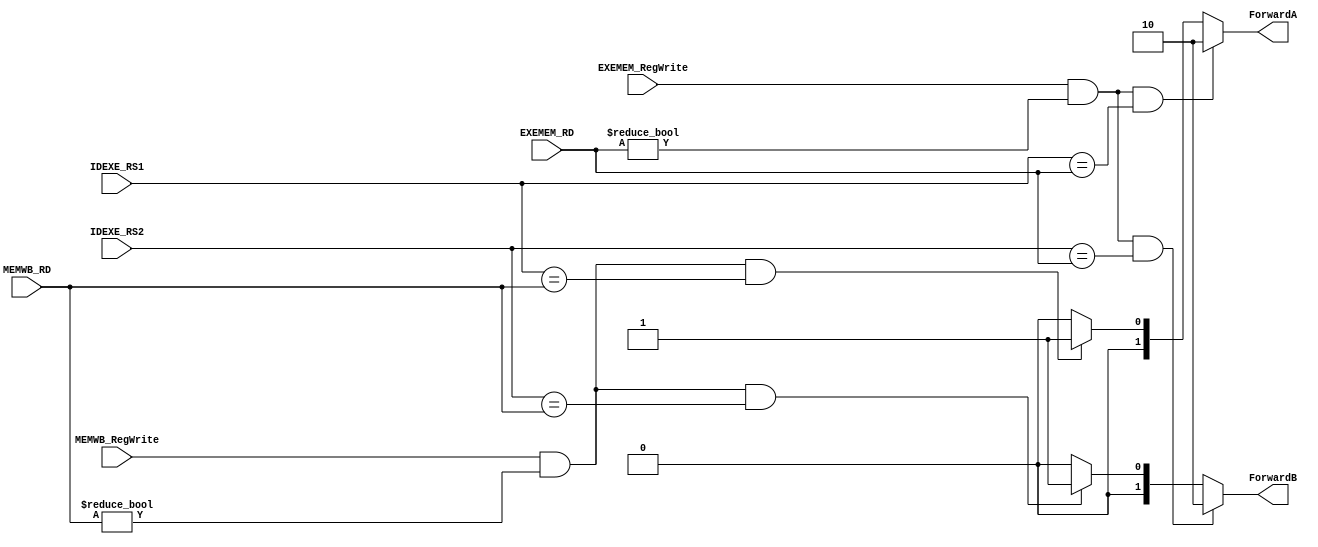

`timescale 1ns/1ps
module ForwardingUnit (
    input [5-1:0] IDEXE_RS1,
    input [5-1:0] IDEXE_RS2,
    input [5-1:0] EXEMEM_RD,
    input [5-1:0] MEMWB_RD,
    // input [2-1:0] EXEMEM_RegWrite,
    input [1-1:0] EXEMEM_RegWrite,
    // input [2-1:0] MEMWB_RegWrite,
    input [1-1:0] MEMWB_RegWrite,
    output reg [2-1:0] ForwardA,
    output reg [2-1:0] ForwardB
);

always@(*) begin
    
    // exemem's priority is higher than memwb
    // if rs is equal to egister's rd => give forward

    if((EXEMEM_RegWrite[0]) && (EXEMEM_RD != 0) && (IDEXE_RS1 == EXEMEM_RD))begin
        ForwardA <= 2'b10; 
    end
    else if((MEMWB_RegWrite[0]) && (MEMWB_RD != 0) && (IDEXE_RS1 == MEMWB_RD))begin
        ForwardA <= 2'b01; 
    end
    else begin
        ForwardA <= 2'b00; 
    end




    if((EXEMEM_RegWrite[0]) && (EXEMEM_RD != 0) && (IDEXE_RS2 == EXEMEM_RD))begin
        ForwardB <= 2'b10; 
    end
    else if((MEMWB_RegWrite[0]) && (MEMWB_RD != 0) && (IDEXE_RS2 == MEMWB_RD))begin
        ForwardB <= 2'b01; 
    end
    else begin
        ForwardB <= 2'b00; 
    end

    
end


endmodule